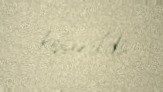
keçirildi.